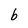
Character: b